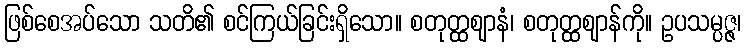
ဖြစ်စေအပ်သော သတိ၏ စင်ကြယ်ခြင်းရှိသော။ စတုတ္ထဈာနံ၊ စတုတ္ထဈာန်ကို။ ဥပသမ္ပဇ္ဇ၊